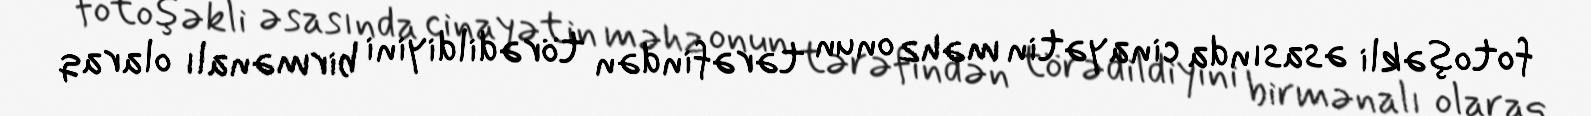
fotoşəkli əsasında cinayətin məhz onun tərəfindən törədildiyini birmənalı olaraq